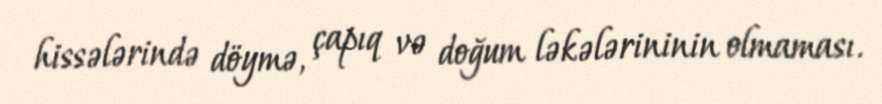
hissələrində döymə, çapıq və doğum ləkələrininin olmaması.